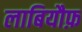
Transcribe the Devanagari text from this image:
लाबियौफ़